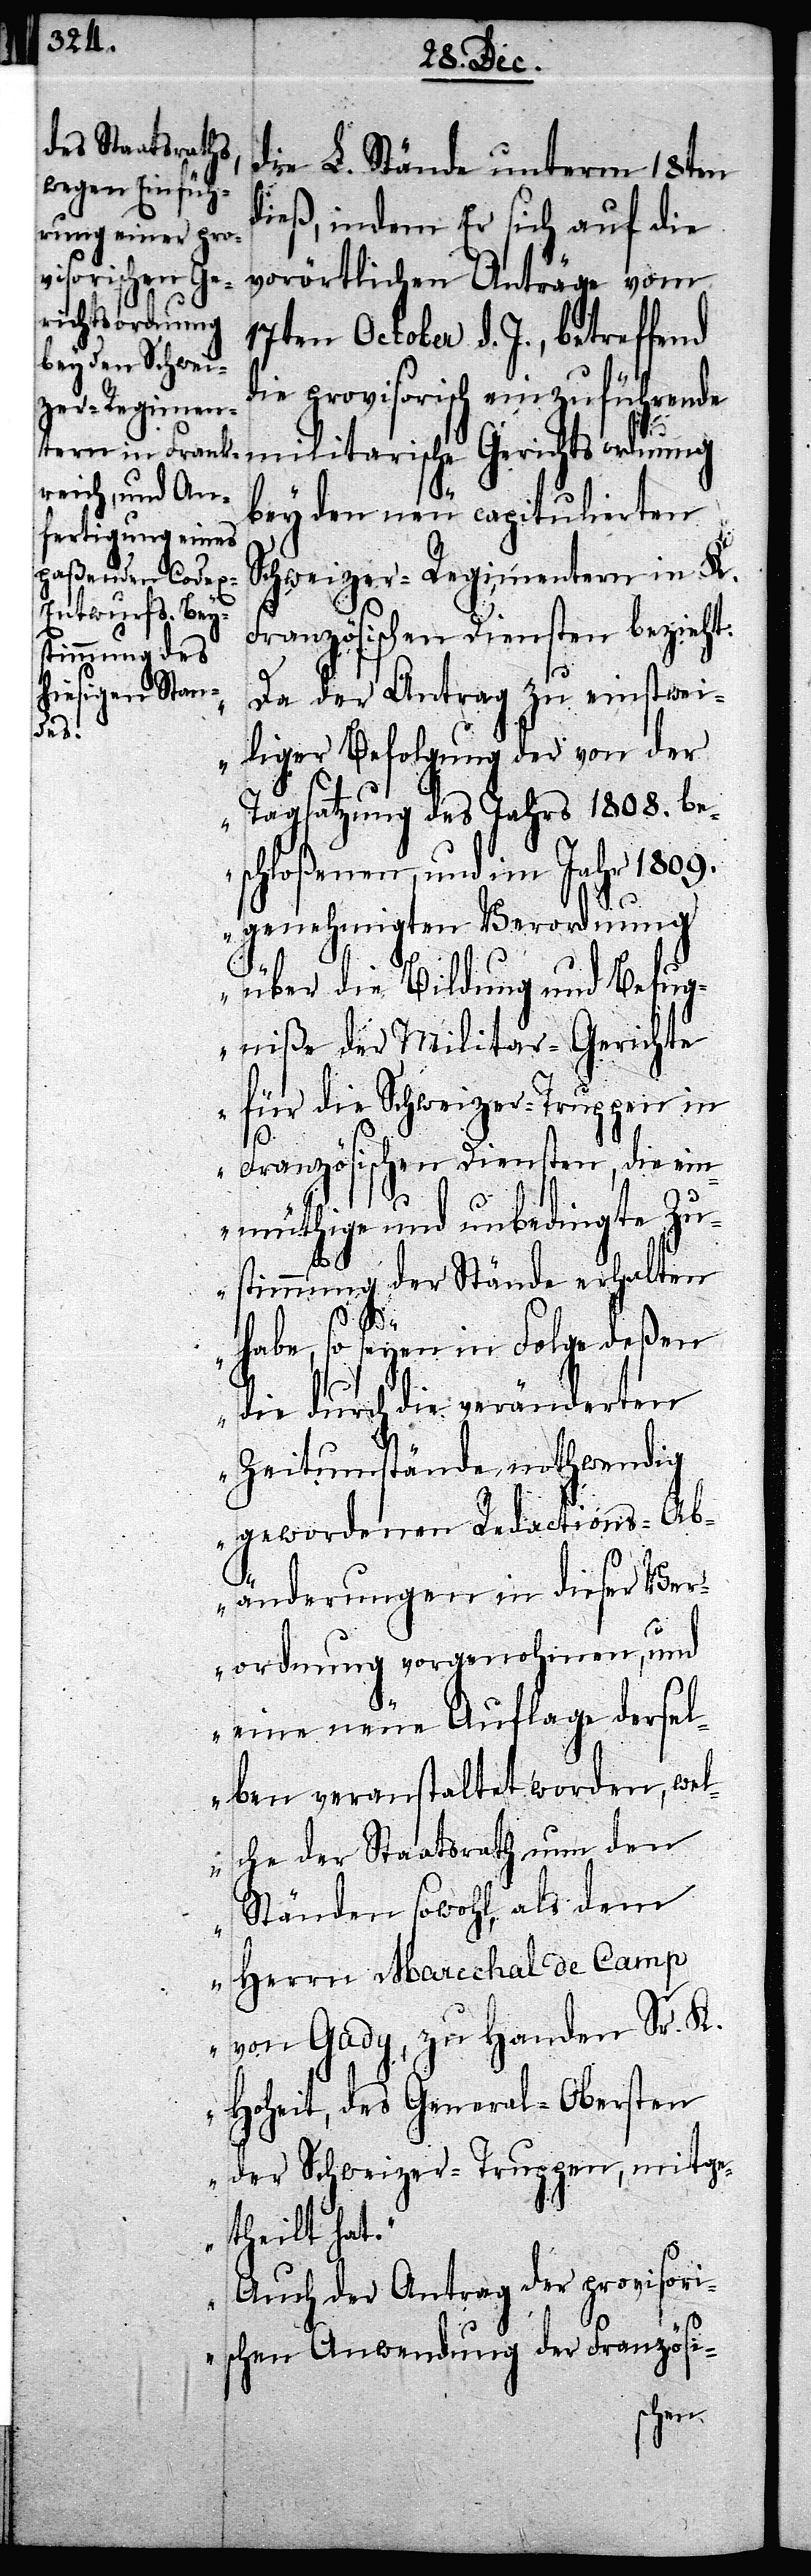
die L. Stände unterm 18ten
dieß, indem Er sich auf die
vorörtlichen Anträge vom
17ten October d. J., betreffend
die provisorisch einzuführende
militarische Gerichtsordnung
bey den neu capitulierten
Schweizer-Regimentern in K.
Französischen Diensten bezieht.
„Da der Antrag zu einstwei¬
liger Befolgung der von der
Tagsatzung des Jahrs 1808. be¬
schloßenen, und im Jahr 1809.
genehmigten Verordnung
über die Bildung und Befug¬
niße der Militar-Gerichte
für die Schweizer-Truppen in
Französischen Diensten, die ein¬
müthige und unbedingte Zu¬
stimmung der Stände erhalten
habe, so seyen im Folge deßen
die durch die veränderten
Zeitumstände nothwendig
gewordenen Redactions-Ab¬
änderungen in dieser Ver¬
ordnung vorgenohmen, und
eine neue Auflage dersel¬
ben veranstaltet worden, wel¬
che der Staatsrath nun den
Ständen sowohl, als dem
Herrn Marechal de Camp
von Gady, zu Handen Sr. K.
Hoheit, des General-Obersten
der Schweizer-Truppen, mitge¬
theilt hat.
Auch der Antrag der provisori¬
schen Anwendung der Französi-